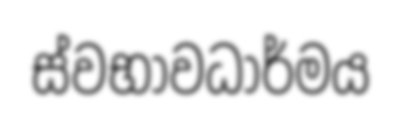
ස්වභාවධාර්මය